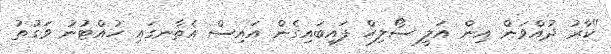
"ކާރު ދުއްވަން އިން އަލީ ސޯލިހް ފައިބައިގެން އައިސް އެތާނގައި ހުއްޓުނު ވަގުތު